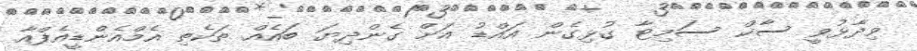
ވިދާޅުވީ ސާކް ސަމިޓާ ގުޅިގެން އައްޑު އަށް ގެންދިޔަ ބައެއް ތަކެތި އެމްއެންޑީއެފްއާ